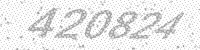
Solution: 420824